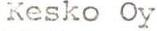
Kesko Oy